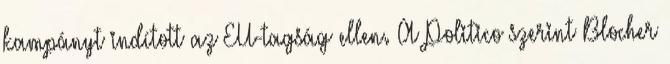
kampányt indított az EU-tagság ellen. A Politico szerint Blocher